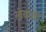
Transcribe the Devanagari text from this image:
खेबवडे